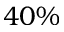
4 0 \%